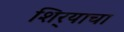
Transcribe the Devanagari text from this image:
शिर्‍याचा